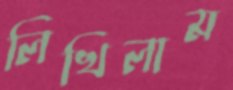
লিখিলাম